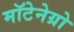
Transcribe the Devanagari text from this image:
मॉटेनेग्रो